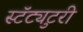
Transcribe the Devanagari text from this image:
स्टॅट्युटरी